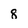
Character: 8